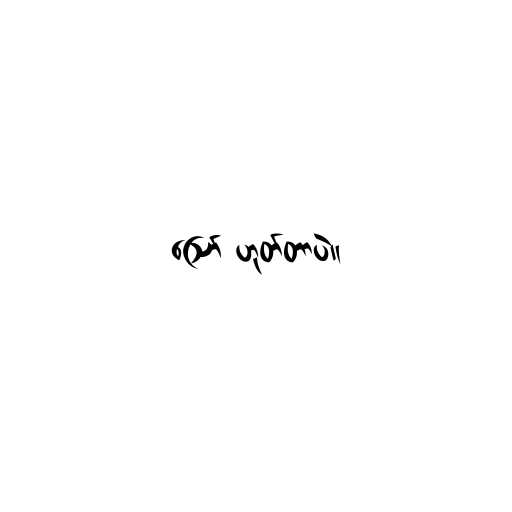
ဪ ဟုတ်တာပဲ။